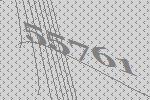
55761